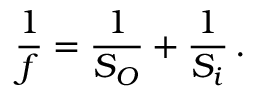
\frac { 1 } { f } = \frac { 1 } { S _ { O } } + \frac { 1 } { S _ { i } } \, .